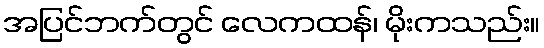
အပြင်ဘက်တွင် လေကထန်၊ မိုးကသည်း။